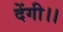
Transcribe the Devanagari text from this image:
देंगी।।